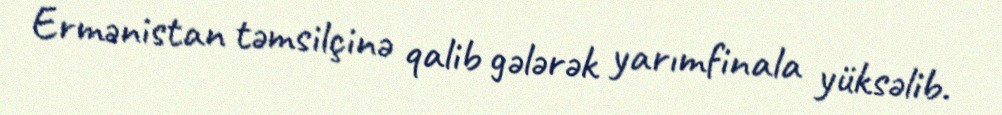
Ermənistan təmsilçinə qalib gələrək yarımfinala yüksəlib.